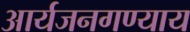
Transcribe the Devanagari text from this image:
आर्यजनगण्याय